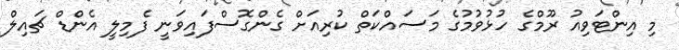
މި އިންޓަވިއު ރޫމްގެ ހުޅުވުމުގެ މަސައްކަތް ކުރިއަށް ގެންގޮސްފައިވަނީ ފެމިލީ އެންޑް ޗައިލް